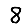
Digit: 8